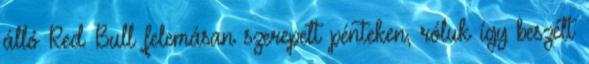
álló Red Bull felemásan szerepelt pénteken, róluk így beszélt